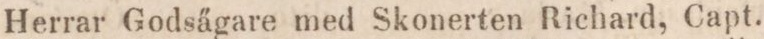
Herrar Godsägare med Skonerten Richard, Capt.